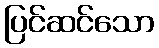
ပြင်ဆင်သော